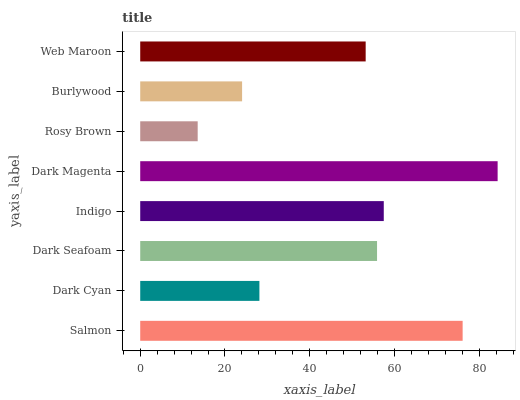
| yaxis_label | bars |
 | --- | --- |
 | Salmon | 76.1 |
 | Dark Cyan | 28.1 |
 | Dark Seafoam | 55.9 |
 | Indigo | 57.5 |
 | Dark Magenta | 84.4 |
 | Rosy Brown | 13.6 |
 | Burlywood | 24 |
 | Web Maroon | 53.2 |